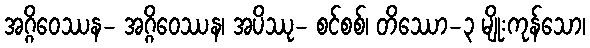
အဂ္ဂိဝေဿန- အဂ္ဂိဝေဿန၊ အပိဿု- စင်စစ်၊ တိဿော-၃ မျိုးကုန်သော၊